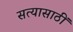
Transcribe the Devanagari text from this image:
सत्यासाठीं